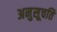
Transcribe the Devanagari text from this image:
अनुसूचति